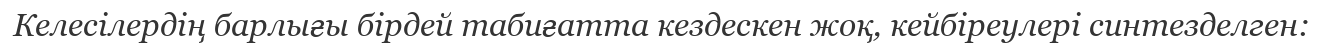
Келесілердің барлығы бірдей табиғатта кездескен жоқ, кейбіреулері синтезделген: